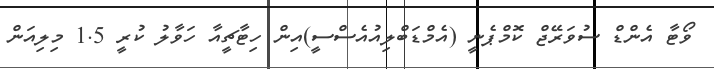
ވޯޓާ އެންޑް ސުވަރޭޖް ކޮމްޕެނީ (އެމްޑަބްލިއުއެސްސީ)އިން ހިޓާޗީއާ ހަވާލު ކުރީ 1.5 މިލިއަން